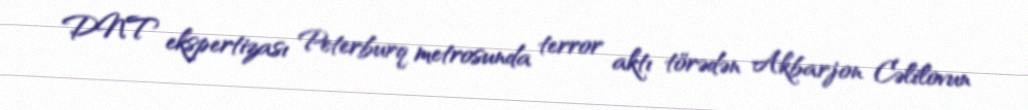
DNT ekspertizası Peterburq metrosunda terror aktı törədən Akbarjon Cəlilovun